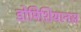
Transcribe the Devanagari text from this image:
डोमिशियानस